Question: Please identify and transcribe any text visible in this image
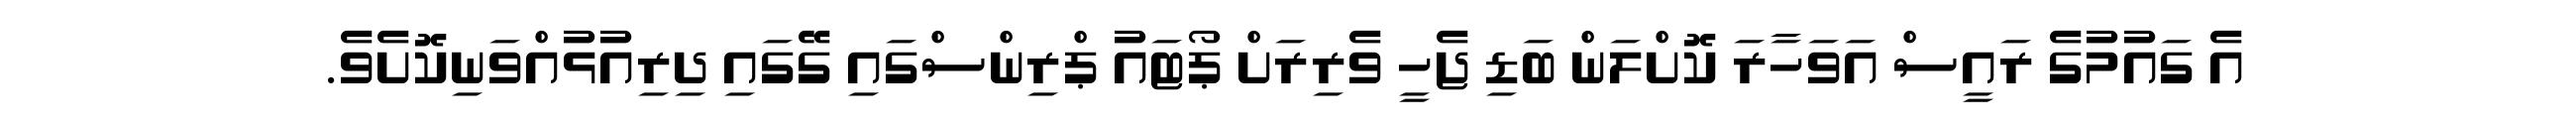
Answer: އެ ގައުމުގެ ރައީސް އަވަހާރަ ކޮށްލަން ބަޑި ޖެހީ ވެރިރަށް ޕޯޓައު ޕްރިންސްގައި ގޭގައި ދިރިއުޅުއްވަނިކޮށެވެ.